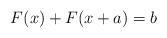
\begin{align*}F(x) + F(x+a) = b\end{align*}